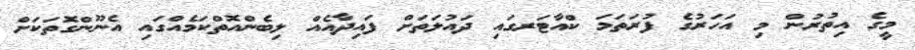
މީގެ އިތުރުން މި އަހަރުގެ ފުރަތަމަ ކްއާޓަރގައި ދައުލަތަށް ފައިދާއެއް ލިބެންއޮތްކަމެއްގައި އެނޫންގޮތަކަށް